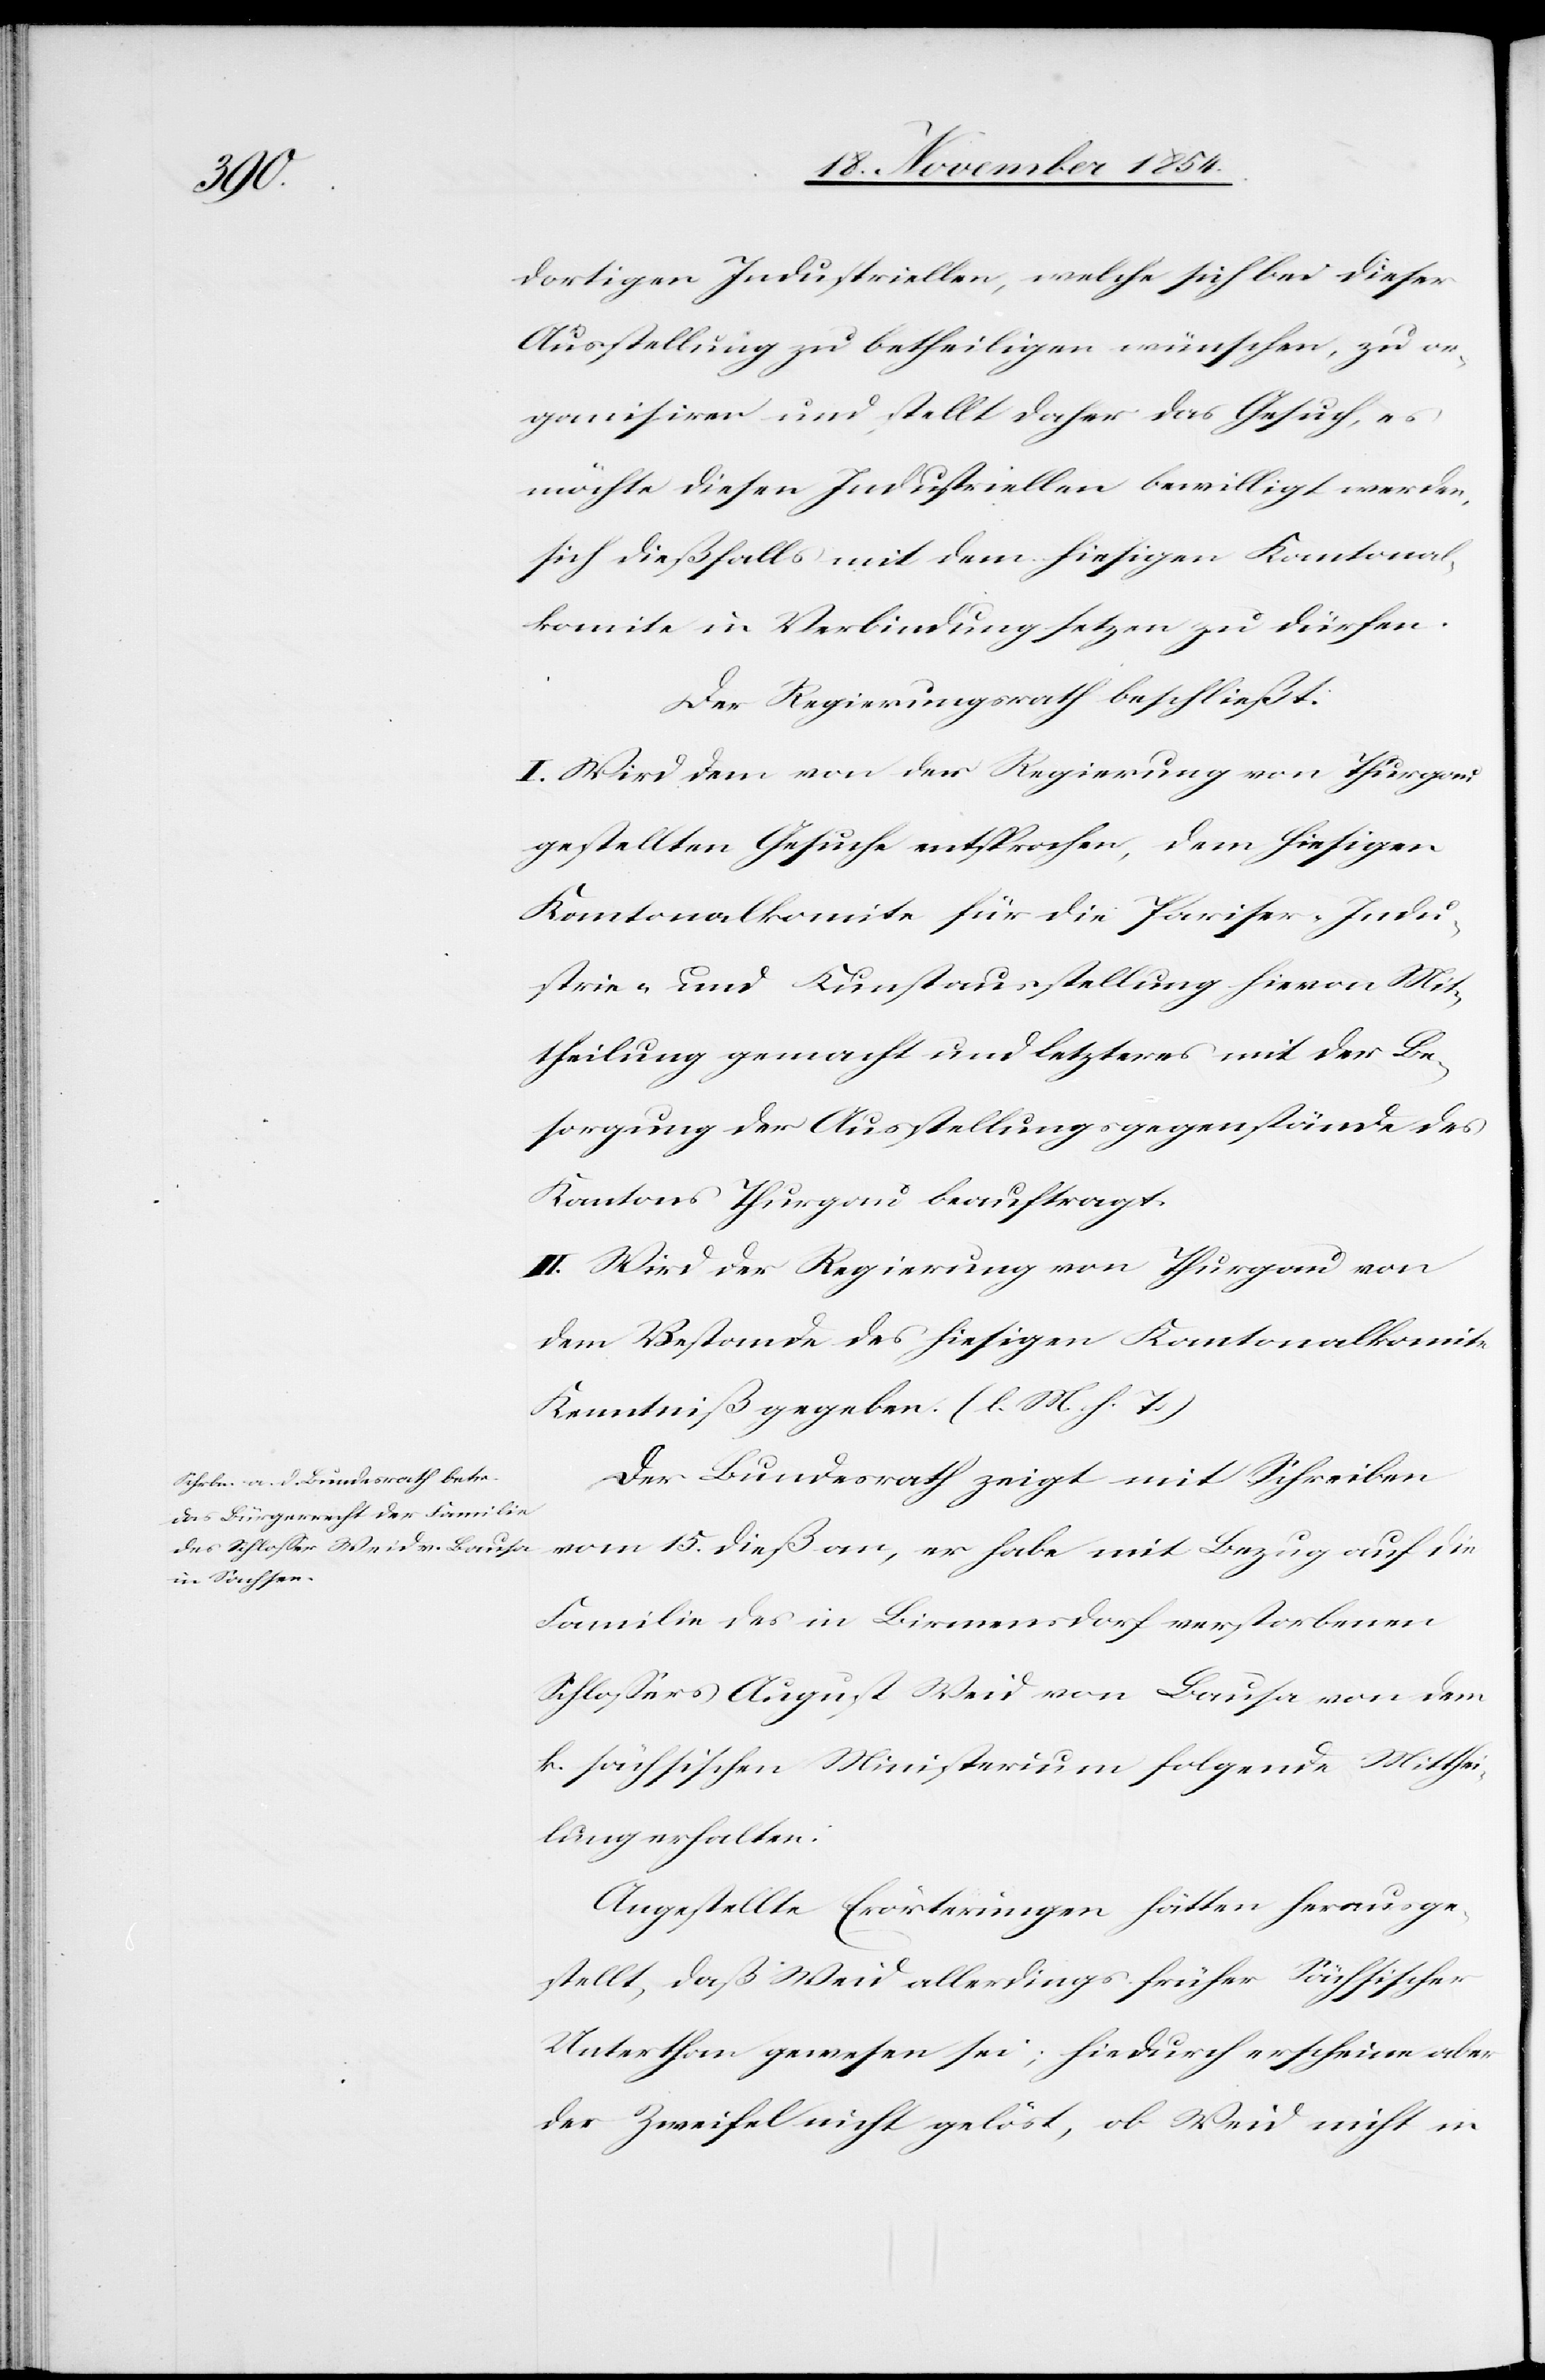
dortigen Industriellen, welche sich bei dieser
Ausstellung zu betheiligen wünschen, zu or¬
ganisiren und stellt daher das Gesuch, es
möchte diesen Industriellen bewilligt werden,
sich dießfalls mit dem hiesigen Kantonal¬
komite in Verbindung setzen zu dürfen.
Der Regierungsrath beschließt:
I. Wird dem von der Regierung von Thurgau
gestellten Gesuche entsprochen, dem hiesigen
Kantonalkomite für die Pariser-Indu¬
strie- und Kunstausstellung hievon Mit¬
theilung gemacht und letzteres mit der Be¬
sorgung der Ausstellungsgegenstände des
Kantons Thurgau beauftragt.
II. Wird der Regierung von Thurgau von
dem Bestande des hiesigen Kantonalkomite
Kenntniß gegeben. (l. M. h. T.)
Der Bundesrath zeigt mit Schreiben
vom 15. dieß an, er habe mit Bezug auf die
Familie des in Birmensdorf verstorbenen
Schloßers August Weid von Bausa von dem
k. sächsischen Ministerium folgende Mitthei¬
lung erhalten:
Angestellte Erörterungen hätten herausge¬
stellt, daß Weid allerdings früher Sächsischer
Unterthan gewesen sei; hiedurch erscheine aber
der Zweifel nicht gelöst, ob Weid nicht in